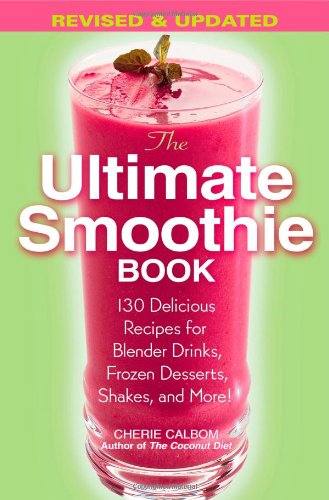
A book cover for The Ultimate Smoothie Book: 130 Delicious Recipes for Blender Drinks, Frozen Desserts, Shakes, and More!; Cherie Calbom; Cookbooks, Food & Wine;